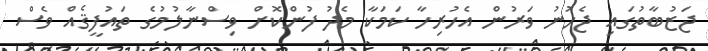
ޖަޒުބާތުގައި ޖެހުނު ވަރުން އެހުރިހާ ކަމަކާ މެދު ފުންކޮށް ވިސްނާލުމުގެ ތައުފީޤެއް ވެސް